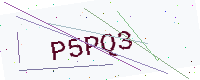
Text: P5PQ3